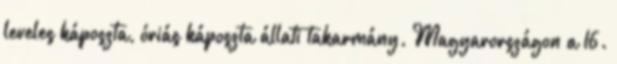
leveles káposzta, óriás káposzta állati takarmány. Magyarországon a 16.